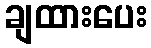
ချထားပေး